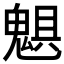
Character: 𩳖